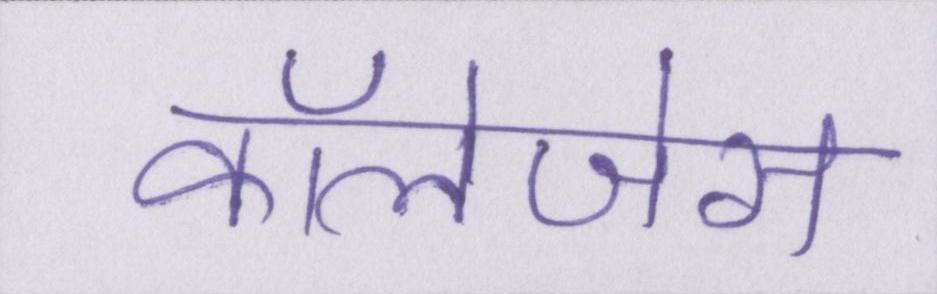
कॉलेजेस